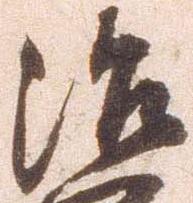
治